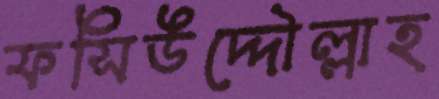
ফসিউদ্দৌল্লাহ